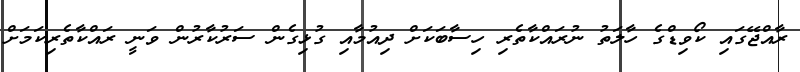
ރާއްޖޭގައި ކޯވިޑްގެ ހާލަތު ނުރައްކާތެރި ހިސާބަކަށް ދިއުމާއި ގުޅިގެން ސަރުކާރުން ވަނީ ރައްކާތެރިކަމަށް